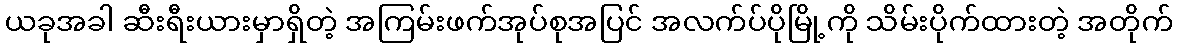
ယခုအခါ ဆီးရီးယားမှာရှိတဲ့ အကြမ်းဖက်အုပ်စုအပြင် အလက်ပ်ပိုမြို့ကို သိမ်းပိုက်ထားတဲ့ အတိုက်